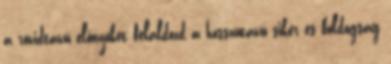
a rövidtávú előnyöket feláldozd a hosszútávú siker és boldogság